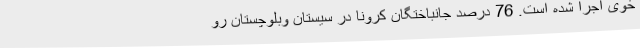
خوی اجرا شده است. 76 درصد جانباختگان کرونا در سیستان وبلوچستان رو